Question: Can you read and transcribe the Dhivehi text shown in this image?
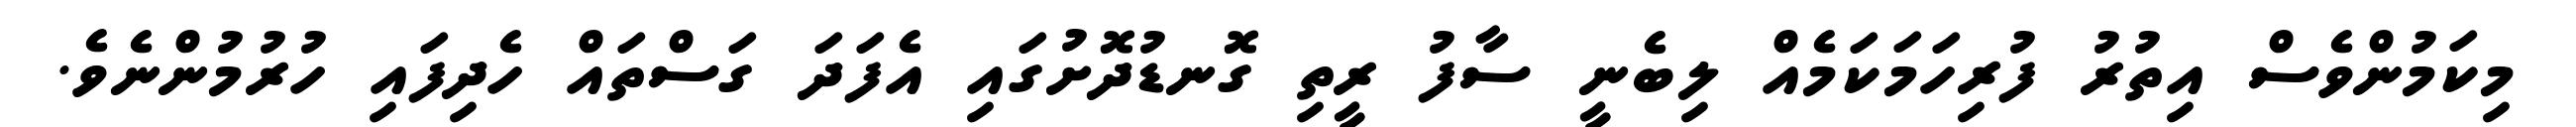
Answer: މިކަމުންވެސް އިތުރު ފުރިހަމަކަމެއް ލިބެނީ ސާފު ރީތި ގޮނޑުދޮށުގައި އެފަދަ ގަސްތައް ހެދިފައި ހުރުމުންނެވެ.